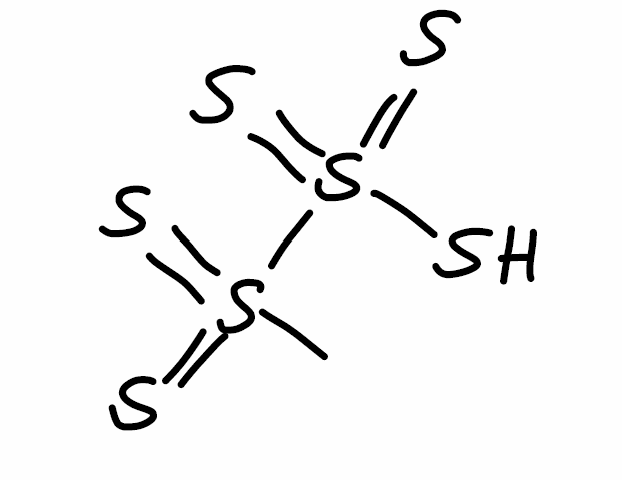
Simplified molecular-input line-entry system (SMILES) notation of the given molecule:
CS(=S)(=S)S(=S)(=S)S